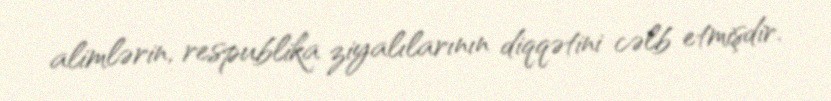
alimlərin, respublika ziyalılarının diqqətini cəlb etmişdir.